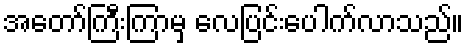
အတော်ကြီးကြာမှ လေပြင်းပေါက်လာသည်။